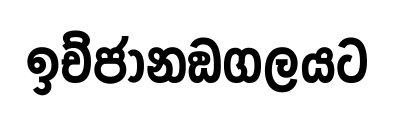
ඉච්ජානඞගලයට